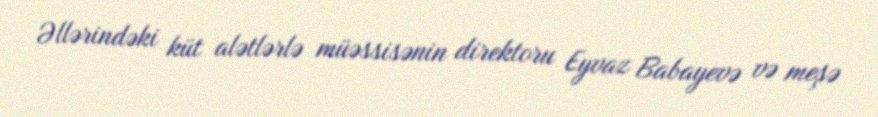
Əllərindəki küt alətlərlə müəssisənin direktoru Eyvaz Babayevə və meşə